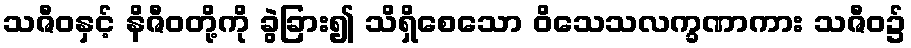
သဇီဝနှင့် နိဇီဝတို့ကို ခွဲခြား၍ သိရှိစေသော ဝိသေသလက္ခဏာကား သဇီဝ၌